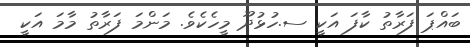
ބައްޕަ ފަރާތު ކާފަ އަކީ ސ.ހުޅުދޫ މީހެކެވެ. މަންމަ ފަރާތު މާމަ އަކީ